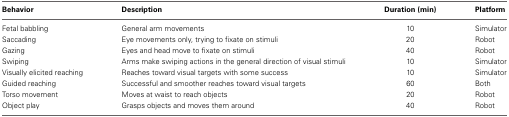
| Behavior | Description | Duration (min) | Platform |
 | --- | --- | --- | --- |
 | Fetal babbling | General arm movements | 10 | Simulator |
 | Saccading | Eye movements only, trying to fixate on stimuli | 20 | Robot |
 | Gazing | Eyes and head move to fixate on stimuli | 40 | Robot |
 | Swiping | Arms make swiping actions in the general direction of visual stimuli | 10 | Simulator |
 | Visually elicited reaching | Reaches toward visual targets with some success | 10 | Simulator |
 | Guided reaching | Successful and smoother reaches toward visual targets | 60 | Both |
 | Torso movement | Moves at waist to reach objects | 20 | Robot |
 | Object play | Grasps objects and moves them around | 40 | Robot |